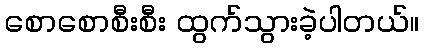
စောစောစီးစီး ထွက်သွားခဲ့ပါတယ်။